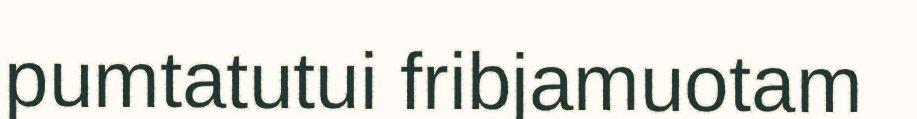
pumtatutui fribjamuotam